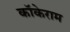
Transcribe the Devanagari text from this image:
कॉकेराम